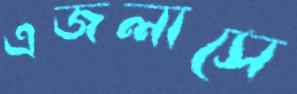
এজলাসে